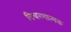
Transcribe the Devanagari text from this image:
विचरणात्मक